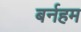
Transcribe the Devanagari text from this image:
बर्नहम